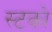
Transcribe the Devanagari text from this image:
स्टको